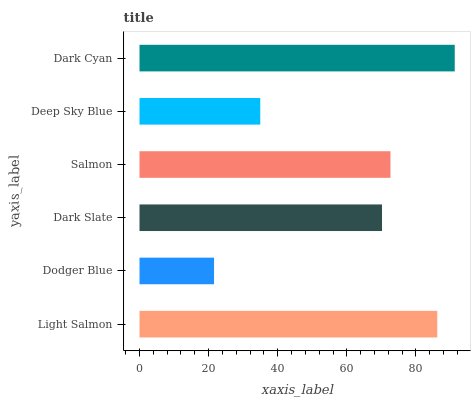
| yaxis_label | bars |
 | --- | --- |
 | Light Salmon | 86.2 |
 | Dodger Blue | 21.6 |
 | Dark Slate | 70.2 |
 | Salmon | 72.6 |
 | Deep Sky Blue | 34.9 |
 | Dark Cyan | 91.2 |